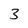
Character: 3